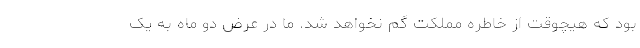
بود که هیچوقت از خاطره مملکت گم نخواهد شد. ما در عرض دو ماه به یک